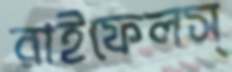
রাইফেলস্